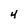
Character: 4